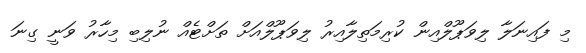
މި ފައިނަލާ ލިވަޕޫލްއިން ކުރިމަތިލާއިރު ލިވަޕޫލްއަށް ތަށްޓެއް ނުލިބި މިހާރު ވަނީ ގިނަ